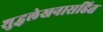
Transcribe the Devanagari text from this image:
शुद्धलेखनासहित